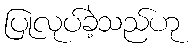
ပြုလုပ်ခဲ့သည်ဟု